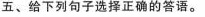
五、给下列句子选择正确的答语。